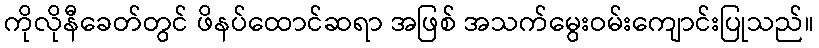
ကိုလိုနီခေတ်တွင် ဖိနပ်ထောင်ဆရာ အဖြစ် အသက်မွေးဝမ်းကျောင်းပြုသည်။